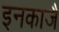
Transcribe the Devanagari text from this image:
इनकाजै